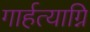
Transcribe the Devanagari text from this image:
गार्हत्याग्नि